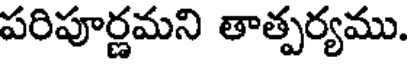
పరిపూర్ణమని తాత్పర్యము.